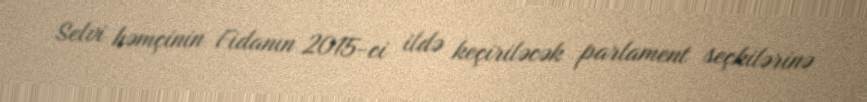
Selvi həmçinin Fidanın 2015-ci ildə keçiriləcək parlament seçkilərinə